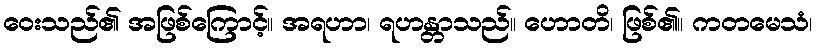
ဝေးသည်၏ အဖြစ်ကြောင့်။ အရဟာ၊ ရဟန္တာသည်။ ဟောတိ၊ ဖြစ်၏။ ကတမေသံ၊